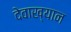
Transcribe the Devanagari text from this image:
देवाख्यान